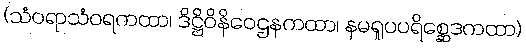
(သံဝရာသံဝရကထာ၊ ဒိဋ္ဌိဝိနိဝေဌနကထာ၊ နမရူပပရိစ္ဆေဒကထာ)